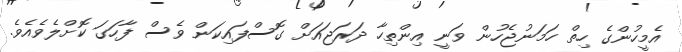
އެމީހުންގެ ހިތް ހަމަނުޖެހުން ވަނީ އިންތިހާ ދަރަޖައަށް ގޮސްފައިކަން ވެސް ފާހަގަ ކޮށްލެވެއެވެ.